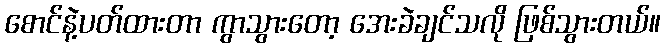
စောင်နဲ့ပတ်ထားတာ ကွာသွားတော့ အေးခဲချင်သလို ဖြစ်သွားတယ်။